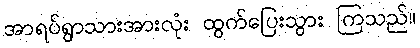
အာရပ်ရွာသားအားလုံး ထွက်ပြေးသွား ကြသည်။